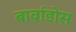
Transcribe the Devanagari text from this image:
बार्वाडोस